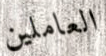
العاملين